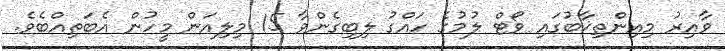
ވާއިރު މިއިންތިޚާބުގައި ވޯޓް ލުމުގެ ހައްގު ލިބިގެންވާ 15 މިލިއަން މީހުން އެބަތިއްބެވެ.